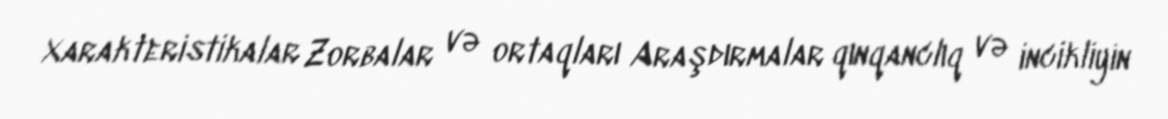
Xarakteristikalar Zorbalar və ortaqları Araşdırmalar qınqanclıq və incikliyin